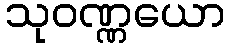
သုဝဏ္ဏယော